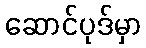
ဆောင်ပုဒ်မှာ